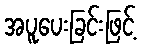
အပူပေးခြင်းဖြင့်